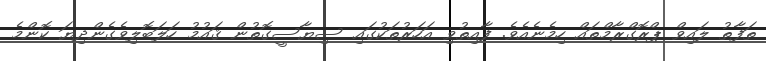
ތަފާތު ލައިވް ޕްރޮގްރާމްތައް ހިމެނެއެވެ. ފާއިތުވި އަހަރުތަކުގައި ސިޔާސީގޮތުން ޤައުމު ހަލަބޮލިވެގެންދިޔަ ކޮންމެ